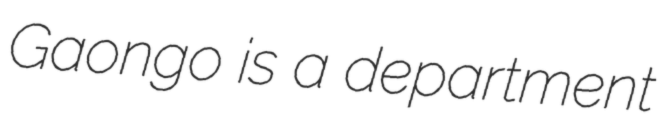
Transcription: Gaongo is a department